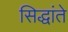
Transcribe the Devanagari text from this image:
सिद्धांते